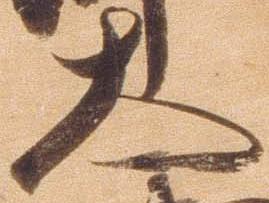
大